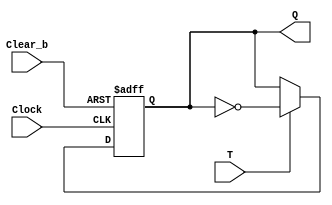
`timescale 1ns / 1ns

module tFlipFlop (T, Clock, Clear_b, Q);

	input T, Clock, Clear_b;
	output reg Q;
	
	always @ (posedge Clock, negedge Clear_b) //asynchronous Clear_b
	
		begin
		if (Clear_b == 0) //active low clear
			Q <= 0;
		else if (T == 0) //if toggle off doesnt toggle
			Q <= Q;
		else if (T == 1) //if toggle one, toggles
			Q <= !Q;
		end
		
endmodule
			
module counter (input Enable, Clock, Clear_b, output [7:0] Q);

	wire [7:0] w;
	
	tFlipFlop u1(Enable, Clock, Clear_b, w[7]); //t flip flop instantiated 8 times
	tFlipFlop u2(Enable*w[7], Clock, Clear_b, w[6]);
	tFlipFlop u3(Enable*w[7]*w[6], Clock, Clear_b, w[5]);
	tFlipFlop u4(Enable*w[7]*w[6]*w[5], Clock, Clear_b, w[4]);
	tFlipFlop u5(Enable*w[7]*w[6]*w[5]*w[4], Clock, Clear_b, w[3]);
	tFlipFlop u6(Enable*w[7]*w[6]*w[5]*w[4]*w[3], Clock, Clear_b, w[2]);
	tFlipFlop u7(Enable*w[7]*w[6]*w[5]*w[4]*w[3]*w[2], Clock, Clear_b, w[1]);
	tFlipFlop u8(Enable*w[7]*w[6]*w[5]*w[4]*w[3]*w[2]*w[1], Clock, Clear_b, w[0]);
	
	assign Q[0] = w[7];
	assign Q[1] = w[6];
	assign Q[2] = w[5];
	assign Q[3] = w[4];
	assign Q[4] = w[3];
	assign Q[5] = w[2];
	assign Q[6] = w[1];
	assign Q[7] = w[0];
	
endmodule

module bcdDecoder (input [3:0] C, output [6:0] HEX); // bcdDecoder

				// maxterms
				assign HEX[0] = !((C[3]|C[2]|C[1]|!C[0]) & (C[3]|!C[2]|C[1]|C[0]) & 
								(!C[3]|C[2]|!C[1]|!C[0]) & (!C[3]|!C[2]|C[1]|!C[0]));
								
				assign HEX[1] = !((C[3]|!C[2]|C[1]|!C[0]) & (C[3]|!C[2]|!C[1]|C[0]) & 
								(!C[3]|C[2]|!C[1]|!C[0]) & (!C[3]|!C[2]|C[1]|C[0]) & 
								(!C[3]|!C[2]|!C[1]|C[0]) & (!C[3]|!C[2]|!C[1]|!C[0]));
								
				assign HEX[2] = !((C[3]|C[2]|!C[1]|C[0]) & (!C[3]|!C[2]|C[1]|C[0]) & 
								(!C[3]|!C[2]|!C[1]|C[0]) & (!C[3]|!C[2]|!C[1]|!C[0]));
								
				assign HEX[3] = !((C[3]|C[2]|C[1]|!C[0]) & (C[3]|!C[2]|C[1]|C[0]) & 
								(C[3]|!C[2]|!C[1]|!C[0]) & (!C[3]|C[2]|C[1]|!C[0]) & 
								(!C[3]|C[2]|!C[1]|C[0]) & (!C[3]|!C[2]|!C[1]|!C[0]));
								
				assign HEX[4] = !((C[3]|C[2]|C[1]|!C[0]) & (C[3]|C[2]|!C[1]|!C[0]) & 
								(C[3]|!C[2]|C[1]|C[0]) & (C[3]|!C[2]|C[1]|C[0]) &
								(C[3]|!C[2]|C[1]|!C[0]) & (C[3]|!C[2]|!C[1]|!C[0]) &
								(!C[3]|C[2]|C[1]|!C[0]));
								
				assign HEX[5] = !((C[3]|C[2]|C[1]|!C[0]) & (C[3]|C[2]|!C[1]|C[0]) & 
								(C[3]|C[2]|!C[1]|!C[0]) & (C[3]|!C[2]|!C[1]|!C[0]) & 
								(!C[3]|!C[2]|C[1]|!C[0]));
								
				assign HEX[6] = !((C[3]|C[2]|C[1]|C[0]) & (C[3]|C[2]|C[1]|!C[0]) & 
								(C[3]|!C[2]|!C[1]|!C[0]) & (!C[3]|!C[2]|C[1]|C[0]));

endmodule

module lab5part1 (input [1:0] SW, input [3:0] KEY, output [6:0] HEX0, HEX1);

	wire [7:0] counterOut;
	
	counter u1(SW[1], KEY[0], SW[0], counterOut);
	
	bcdDecoder outputDisplay1 (counterOut[7:4], HEX1);
	bcdDecoder outputDisplay2 (counterOut[3:0], HEX0);
	
endmodule